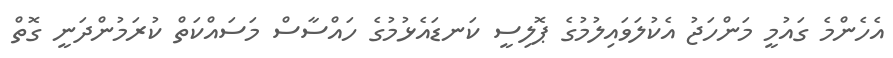
އެހެންމެ ގައުމީ މަންހަޖު އެކުލަވައިލުމުގެ ޕޮލިސީ ކަނޑައެޅުމުގެ ހައްސާސް މަސައްކަތް ކުރަމުންދަނީ ގޮތް